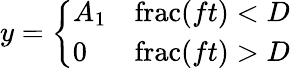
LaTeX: y={\left\{ \begin{array}{ll}{A_{1}}&{\operatorname{frac}(ft)<D}\\ {0}&{\operatorname{frac}(ft)>D}\end{array}\right.}